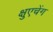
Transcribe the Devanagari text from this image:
क्षुएचेंग